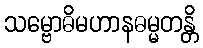
သမ္ဗောဓိမဟာနဓမ္မတန္တိ